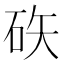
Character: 䂠